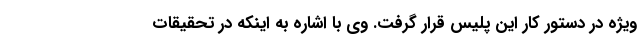
ویژه در دستور کار این پلیس قرار گرفت. وی با اشاره به اینکه در تحقیقات